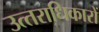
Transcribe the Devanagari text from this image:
उत्‍तराधिकारों